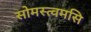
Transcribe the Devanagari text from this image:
सोमस्त्वमसि